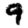
Digit: 9